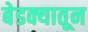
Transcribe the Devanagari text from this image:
बेडक्यातून